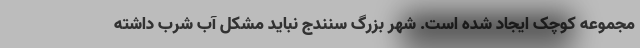
مجموعه کوچک ایجاد شده است. شهر بزرگ سنندج نباید مشکل آب شرب داشته